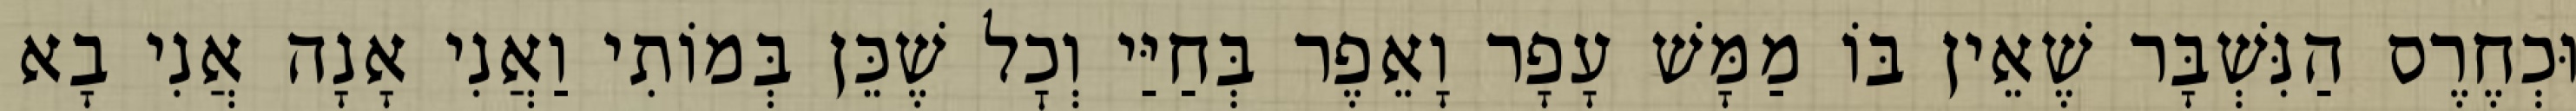
וּכְחֶרֶס הַנִּשְׁבָּר שֶׁאֵין בּוֹ מַמָּשׁ עָפָר וָאֵפֶר בְּחַיַּי וְכׇל שֶׁכֵּן בְּמוֹתִי וַאֲנִי אָנָה אֲנִי בָא